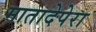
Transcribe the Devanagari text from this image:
मातादेपेरा